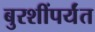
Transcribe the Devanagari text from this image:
बुरशींपर्यंत